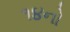
૧૪નો